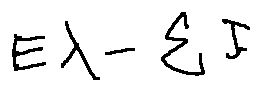
E \lambda - \sum I